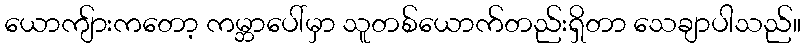
ယောကျ်ားကတော့ ကမ္ဘာပေါ်မှာ သူတစ်ယောက်တည်းရှိတာ သေချာပါသည်။